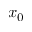
x _ { 0 }